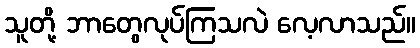
သူတို့ ဘာတွေလုပ်ကြသလဲ လေ့လာသည်။